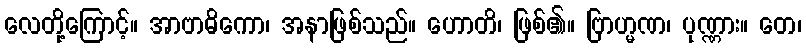
လေတို့ကြောင့်။ အာဗာဓိကော၊ အနာဖြစ်သည်။ ဟောတိ၊ ဖြစ်၏။ ဗြာဟ္မဏ၊ ပုဏ္ဏား။ တေ၊